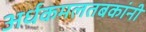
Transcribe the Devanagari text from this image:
अर्धकमलतबकांनी